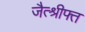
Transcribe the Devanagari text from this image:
जैत्श्रीफ्त